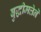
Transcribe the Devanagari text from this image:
बुद्धीमत्तेने